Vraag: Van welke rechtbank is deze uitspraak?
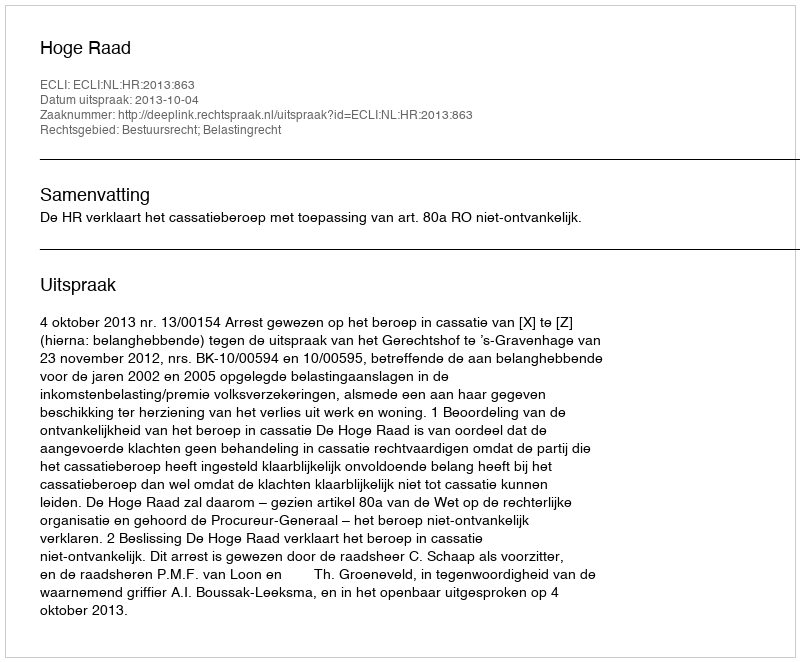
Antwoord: Hoge Raad